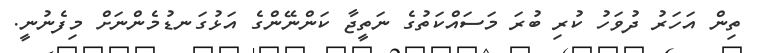
ތިން އަހަރު ދުވަހު ކުރި ބުރަ މަސައްކަތުގެ ނަތީޖާ ކަންނޭންގެ އަޅުގަނޑުމެންނަށް މިފެނުނީ.